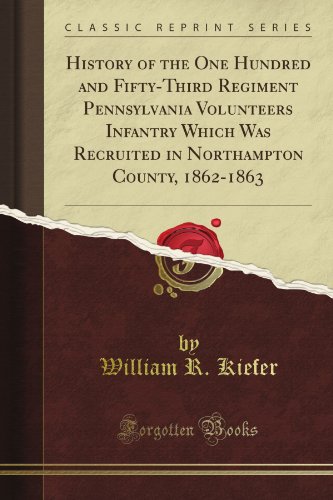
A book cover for History of the One Hundred and Fifty-Third Regiment Pennsylvania Volunteers Infantry Which Was Recruited in Northampton County, 1862-1863 (Classic Reprint); William R. Kiefer; History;